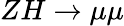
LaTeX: ZH\to\mu\mu